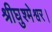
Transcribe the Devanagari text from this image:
श्रीघुश्मेश्वर।